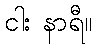
ငါး နာရီ။